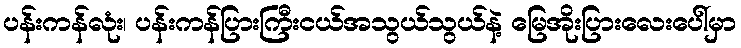
ပန်းကန်လုံး၊ ပန်းကန်ပြားကြီးငယ်အသွယ်သွယ်နဲ့ မြေအိုးပြားလေးပေါ်မှာ